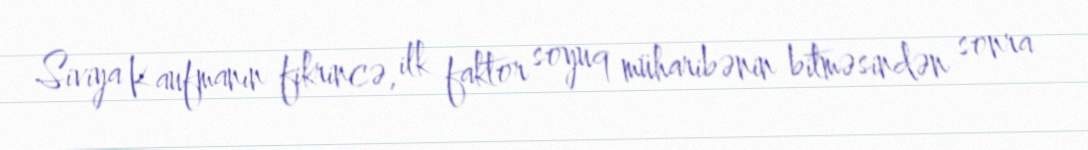
Siviya Kaufmanın fikrincə, ilk faktor soyuq müharibənin bitməsindən sonra